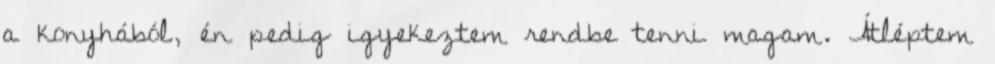
a konyhából, én pedig igyekeztem rendbe tenni magam. Átléptem